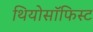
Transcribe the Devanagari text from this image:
थियोसॉफिस्ट